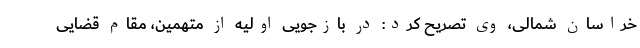
خراسان شمالی، وی تصریح کرد: در بازجویی اولیه از متهمین، مقام قضایی